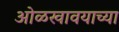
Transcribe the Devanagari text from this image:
ओळखावयाच्या